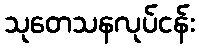
သုတေသနလုပ်ငန်း